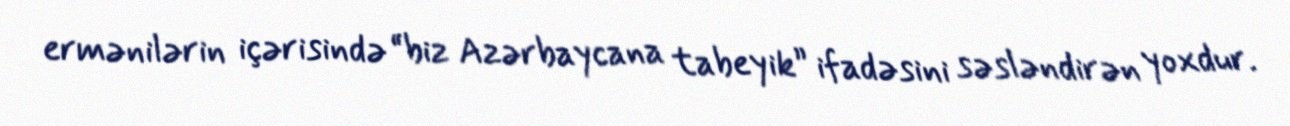
ermənilərin içərisində “biz Azərbaycana tabeyik” ifadəsini səsləndirən yoxdur.